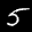
Label: 5